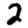
Digit: 2